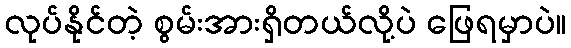
လုပ်နိုင်တဲ့ စွမ်းအားရှိတယ်လို့ပဲ ဖြေရမှာပဲ။